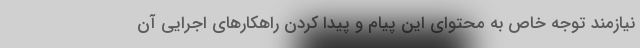
نیازمند توجه خاص به محتوای این پیام و پیدا کردن راهکارهای اجرایی آن